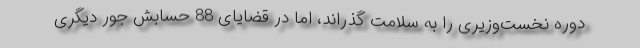
دوره نخست‌وزیری را به سلامت گذراند، اما در قضایای 88 حسابش جور دیگری